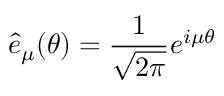
{ \hat { e } _ { \mu } } ( \theta ) = \frac { 1 } { \sqrt { 2 \pi } } e ^ { i \mu \theta }